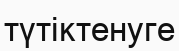
түтіктенуге